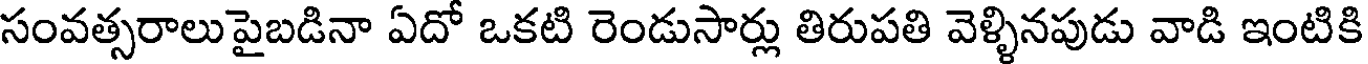
సంవత్సరాలు పైబడినా ఏదో ఒకటి రెండుసార్లు తిరుపతి వెళ్ళినపుడు వాడి ఇంటికి